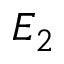
E _ { 2 }